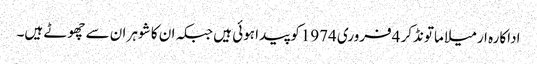
اداکارہ ارمیلا ماتونڈکر 4فروری 1974کو پیدا ہوئی ہیں جبکہ ان کا شوہر ان سے چھوٹے ہیں۔